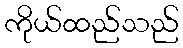
ကိုယ်ထည်သည်